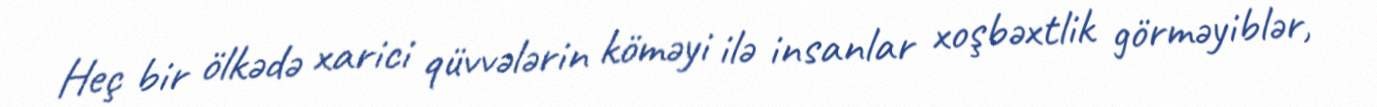
Heç bir ölkədə xarici qüvvələrin köməyi ilə insanlar xoşbəxtlik görməyiblər,